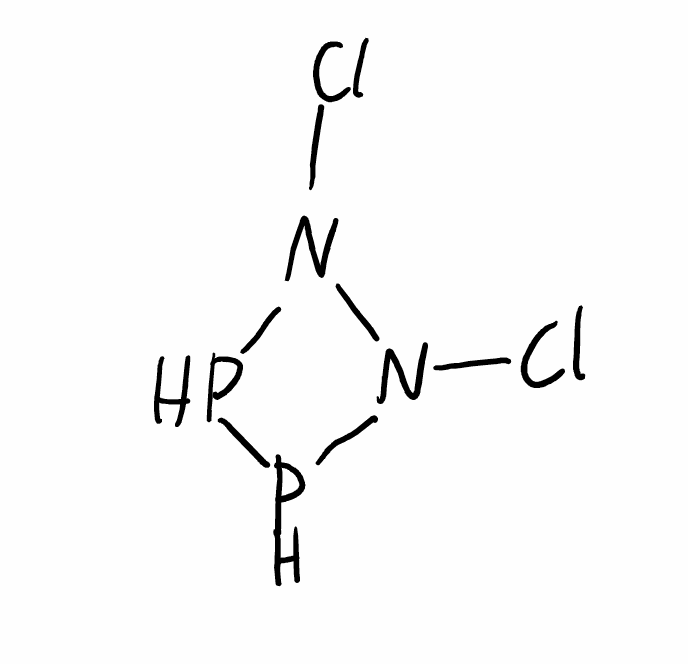
Simplified molecular-input line-entry system (SMILES) notation of the given molecule:
N1(N(PP1)Cl)Cl